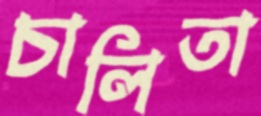
চালিতা